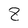
Character: 8